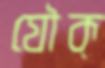
যৌক্